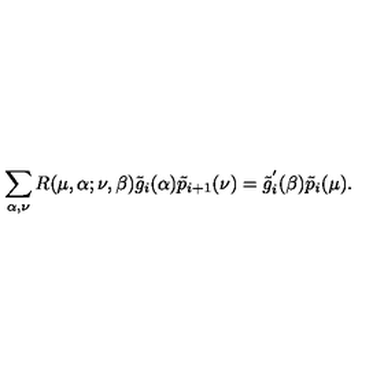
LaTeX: \sum _ { \alpha , \nu } R ( \mu , \alpha ; \nu , \beta ) \tilde { g } _ { i } ( \alpha ) \tilde { p } _ { i + 1 } ( \nu ) = \tilde { g } _ { i } ^ { ' } ( \beta ) \tilde { p } _ { i } ( \mu ) .